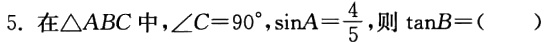
5. 在$\triangle ABC$中，$\angle C = 90^{\circ}$，$\sin A=\frac{4}{5}$，则$\tan B = ($  )